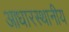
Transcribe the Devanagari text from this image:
आधारस्थानीय